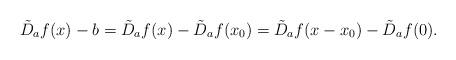
LaTeX: \begin{align*}\tilde{D}_{a}f(x) - b = \tilde{D}_{a}f(x) - \tilde{D}_{a}f(x_{0}) = \tilde{D}_{a}f(x-x_{0})-\tilde{D}_{a}f(0). \end{align*}